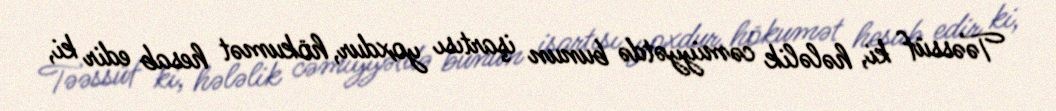
Təəssüf ki, hələlik cəmiyyətdə bunun işartısı yoxdur, hökumət hesab edir ki,